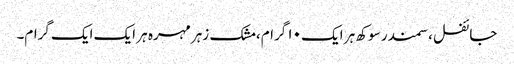
جائفل ،سمندر سوکھ ہر ایک ۱۰ گرام، مشک زہر مہرہ ہر ایک ایک گرام۔